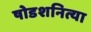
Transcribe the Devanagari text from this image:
षोडशनित्या